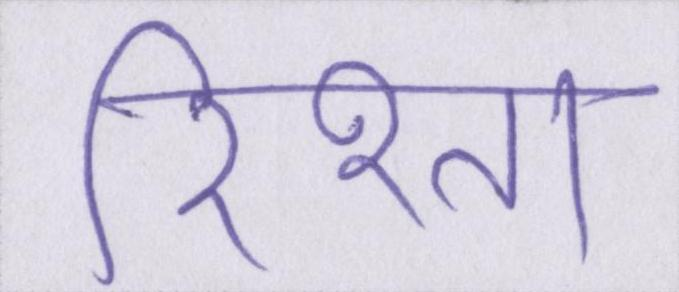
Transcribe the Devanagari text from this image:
रिश्ता